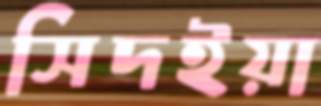
সিদইয়া